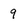
Character: 9